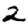
Digit: 2